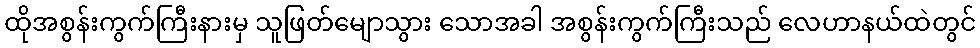
ထိုအစွန်းကွက်ကြီးနားမှ သူဖြတ်မျောသွား သောအခါ အစွန်းကွက်ကြီးသည် လေဟာနယ်ထဲတွင်